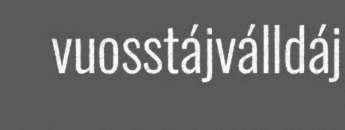
vuosstájválldáj